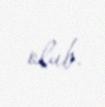
olub.